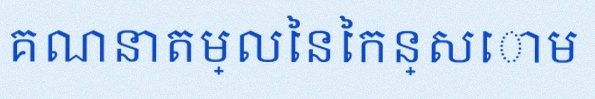
គណនាតម្លៃនៃកន្សោម